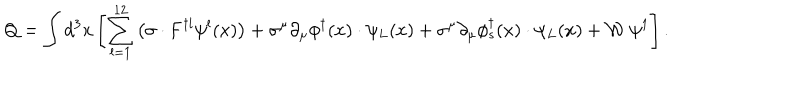
LaTeX: Q = \int d ^ { 3 } x \left[ \sum _ { l = 1 } ^ { 1 2 } \left( { \mathbf { \sigma } } \cdot { \bf F } ^ { \dagger l } \psi ^ { l } ( x ) \right) + \sigma ^ { \mu } \partial _ { \mu } \phi ^ { \dagger } ( x ) \cdot \psi _ { L } ( x ) + \sigma ^ { \mu } \partial _ { \mu } \phi _ { s } ^ { \dagger } ( x ) \cdot \psi _ { L } ( x ) + \mathcal { W } ~ \psi ^ { 1 } \right] .